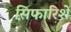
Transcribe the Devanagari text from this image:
स़िफारिशें